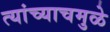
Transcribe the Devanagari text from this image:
त्यांच्याचमुळे